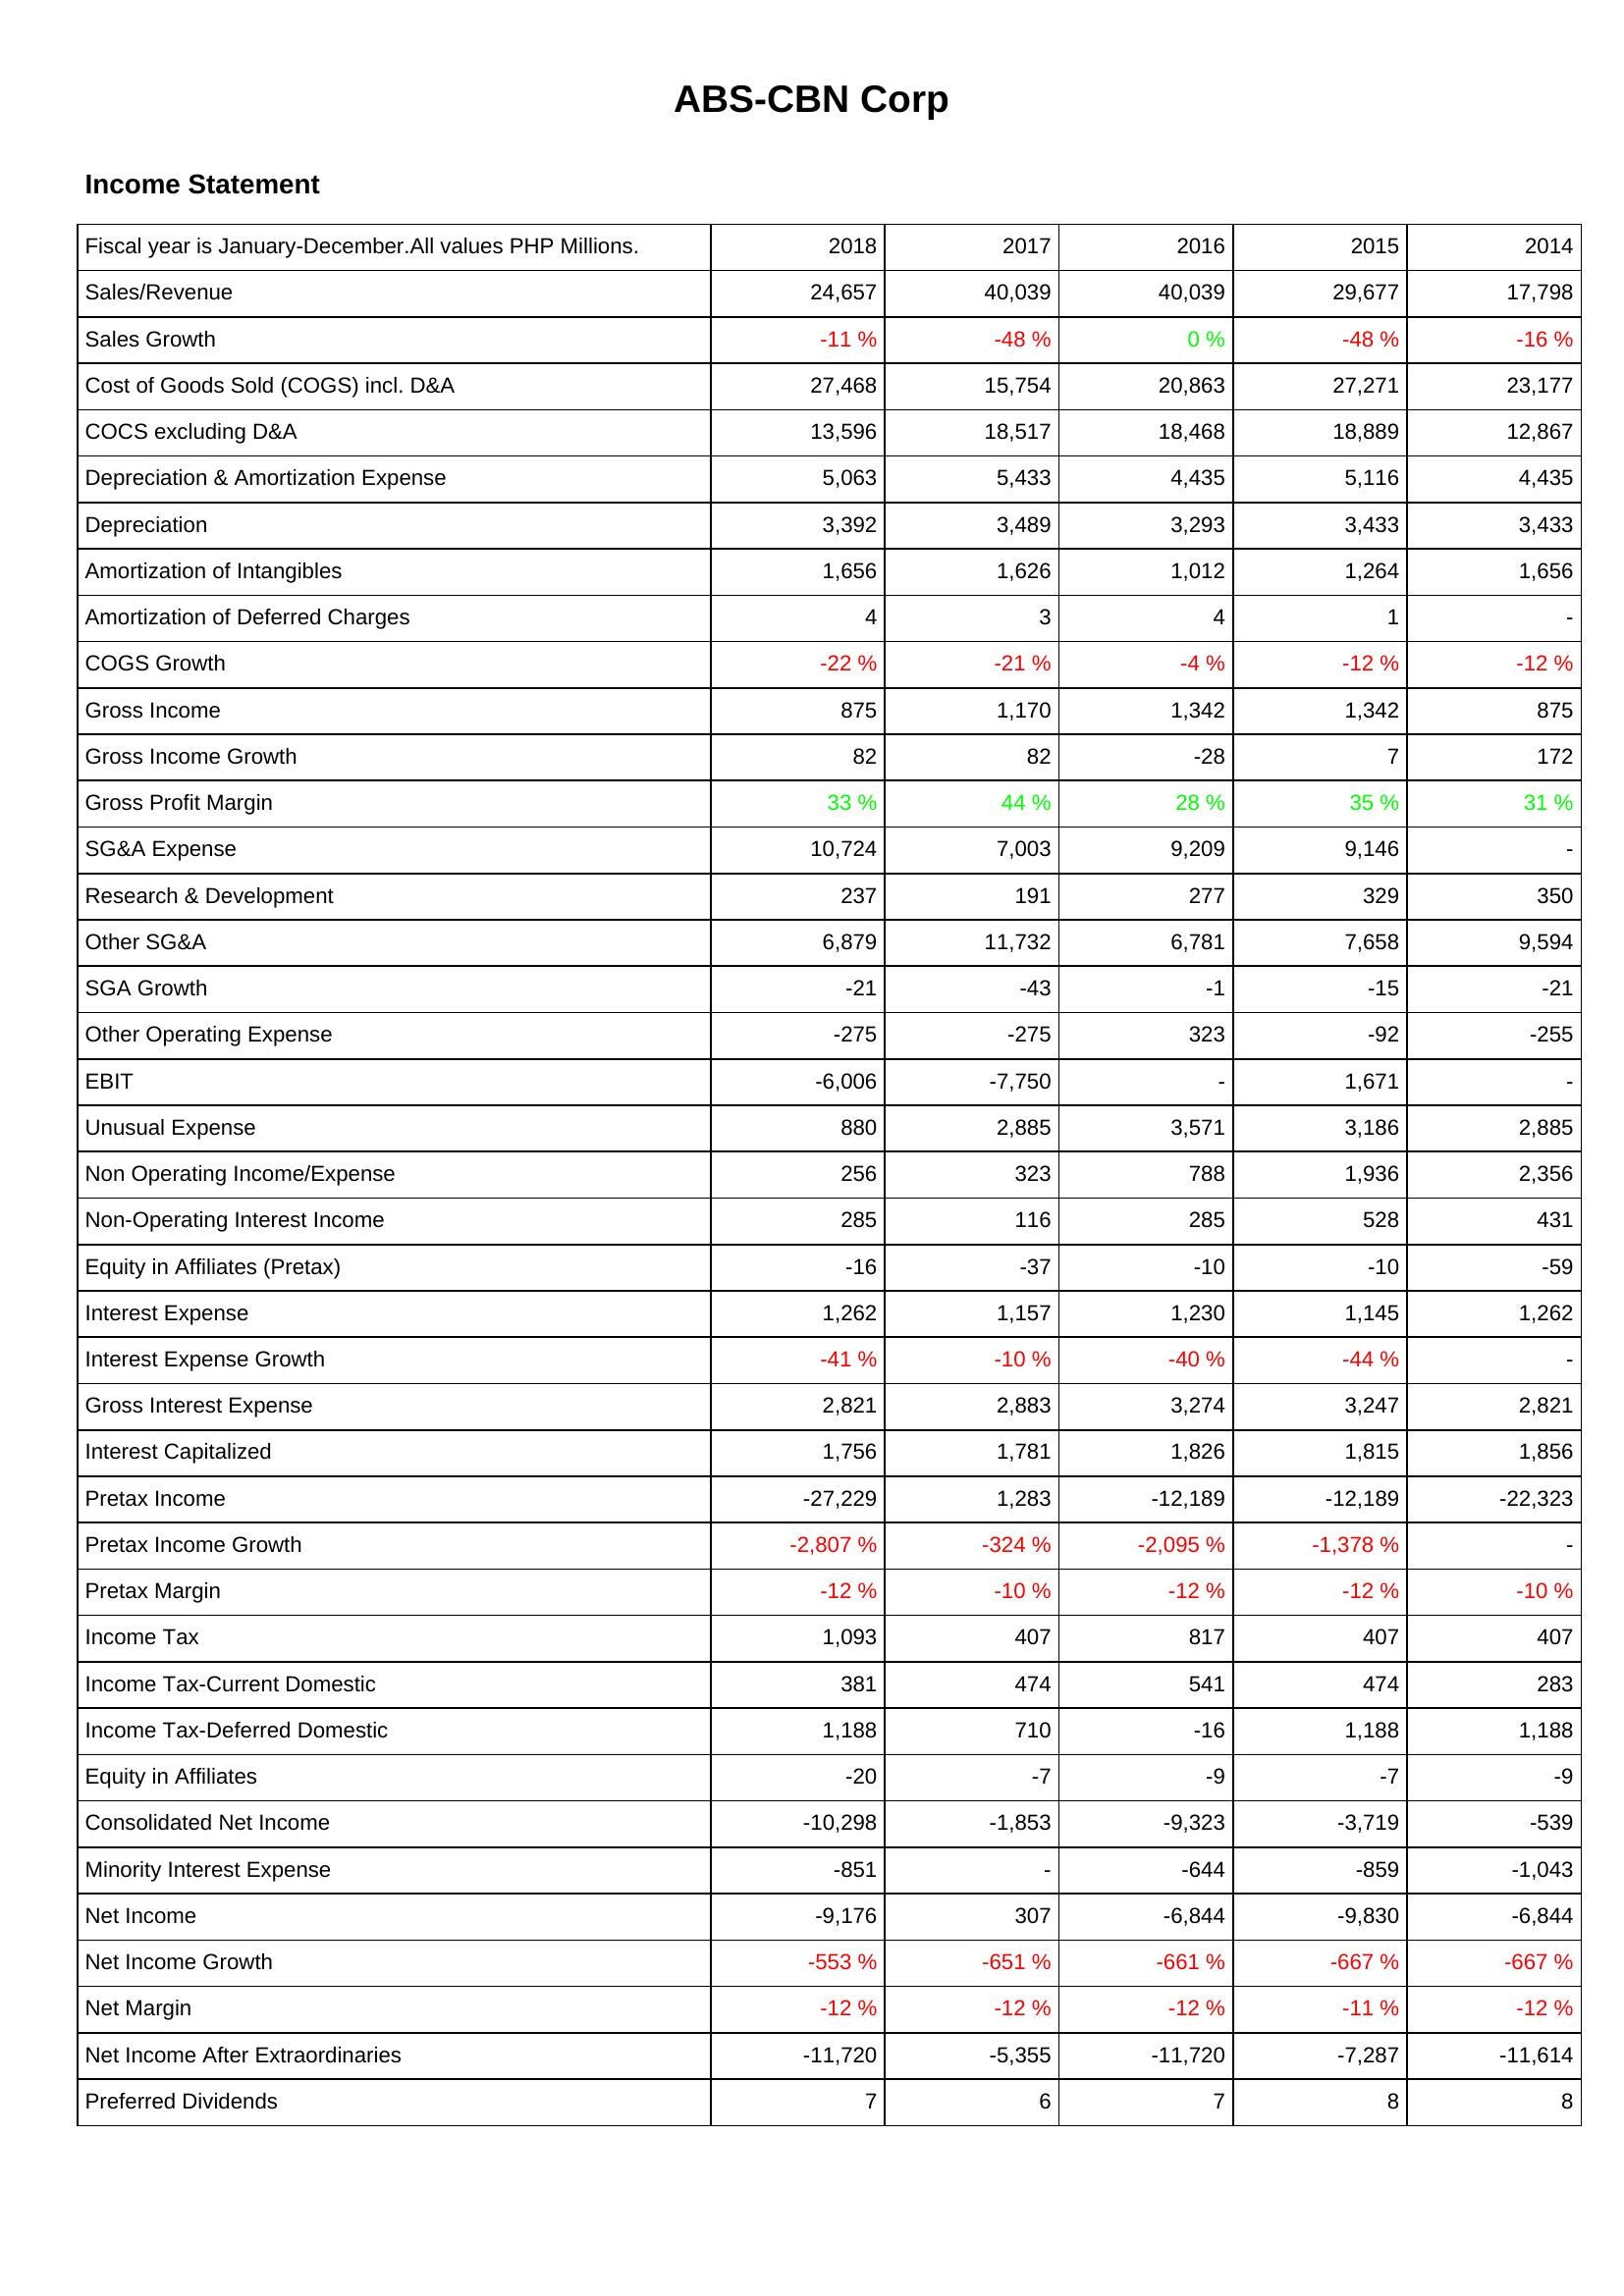
2018: Income Statement: Sales/Revenue: 24,657
Sales Growth: -11 %
Cost of Goods Sold (COGS) incl. D&A: 27,468
COCS excluding D&A: 13,596
Depreciation & Amortization Expense: 5,063
Depreciation: 3,392
Amortization of Intangibles: 1,656
Amortization of Deferred Charges: 4
COGS Growth: -22 %
Gross Income: 875
Gross Income Growth: 82
Gross Profit Margin: 33 %
SG&A Expense: 10,724
Research & Development: 237
Other SG&A: 6,879
SGA Growth: -21
Other Operating Expense: -275
EBIT: -6,006
Unusual Expense: 880
Non Operating Income/Expense: 256
Non-Operating Interest Income: 285
Equity in Affiliates (Pretax): -16
Interest Expense: 1,262
Interest Expense Growth: -41 %
Gross Interest Expense: 2,821
Interest Capitalized: 1,756
Pretax Income: -27,229
Pretax Income Growth: -2,807 %
Pretax Margin: -12 %
Income Tax: 1,093
Income Tax-Current Domestic: 381
Income Tax-Deferred Domestic: 1,188
Equity in Affiliates: -20
Consolidated Net Income: -10,298
Minority Interest Expense: -851
Net Income: -9,176
Net Income Growth: -553 %
Net Margin: -12 %
Net Income After Extraordinaries: -11,720
Preferred Dividends: 7
2017: Income Statement: Sales/Revenue: 40,039
Sales Growth: -48 %
Cost of Goods Sold (COGS) incl. D&A: 15,754
COCS excluding D&A: 18,517
Depreciation & Amortization Expense: 5,433
Depreciation: 3,489
Amortization of Intangibles: 1,626
Amortization of Deferred Charges: 3
COGS Growth: -21 %
Gross Income: 1,170
Gross Income Growth: 82
Gross Profit Margin: 44 %
SG&A Expense: 7,003
Research & Development: 191
Other SG&A: 11,732
SGA Growth: -43
Other Operating Expense: -275
EBIT: -7,750
Unusual Expense: 2,885
Non Operating Income/Expense: 323
Non-Operating Interest Income: 116
Equity in Affiliates (Pretax): -37
Interest Expense: 1,157
Interest Expense Growth: -10 %
Gross Interest Expense: 2,883
Interest Capitalized: 1,781
Pretax Income: 1,283
Pretax Income Growth: -324 %
Pretax Margin: -10 %
Income Tax: 407
Income Tax-Current Domestic: 474
Income Tax-Deferred Domestic: 710
Equity in Affiliates: -7
Consolidated Net Income: -1,853
Minority Interest Expense: -
Net Income: 307
Net Income Growth: -651 %
Net Margin: -12 %
Net Income After Extraordinaries: -5,355
Preferred Dividends: 6
2016: Income Statement: Sales/Revenue: 40,039
Sales Growth: 0 %
Cost of Goods Sold (COGS) incl. D&A: 20,863
COCS excluding D&A: 18,468
Depreciation & Amortization Expense: 4,435
Depreciation: 3,293
Amortization of Intangibles: 1,012
Amortization of Deferred Charges: 4
COGS Growth: -4 %
Gross Income: 1,342
Gross Income Growth: -28
Gross Profit Margin: 28 %
SG&A Expense: 9,209
Research & Development: 277
Other SG&A: 6,781
SGA Growth: -1
Other Operating Expense: 323
EBIT: -
Unusual Expense: 3,571
Non Operating Income/Expense: 788
Non-Operating Interest Income: 285
Equity in Affiliates (Pretax): -10
Interest Expense: 1,230
Interest Expense Growth: -40 %
Gross Interest Expense: 3,274
Interest Capitalized: 1,826
Pretax Income: -12,189
Pretax Income Growth: -2,095 %
Pretax Margin: -12 %
Income Tax: 817
Income Tax-Current Domestic: 541
Income Tax-Deferred Domestic: -16
Equity in Affiliates: -9
Consolidated Net Income: -9,323
Minority Interest Expense: -644
Net Income: -6,844
Net Income Growth: -661 %
Net Margin: -12 %
Net Income After Extraordinaries: -11,720
Preferred Dividends: 7
2015: Income Statement: Sales/Revenue: 29,677
Sales Growth: -48 %
Cost of Goods Sold (COGS) incl. D&A: 27,271
COCS excluding D&A: 18,889
Depreciation & Amortization Expense: 5,116
Depreciation: 3,433
Amortization of Intangibles: 1,264
Amortization of Deferred Charges: 1
COGS Growth: -12 %
Gross Income: 1,342
Gross Income Growth: 7
Gross Profit Margin: 35 %
SG&A Expense: 9,146
Research & Development: 329
Other SG&A: 7,658
SGA Growth: -15
Other Operating Expense: -92
EBIT: 1,671
Unusual Expense: 3,186
Non Operating Income/Expense: 1,936
Non-Operating Interest Income: 528
Equity in Affiliates (Pretax): -10
Interest Expense: 1,145
Interest Expense Growth: -44 %
Gross Interest Expense: 3,247
Interest Capitalized: 1,815
Pretax Income: -12,189
Pretax Income Growth: -1,378 %
Pretax Margin: -12 %
Income Tax: 407
Income Tax-Current Domestic: 474
Income Tax-Deferred Domestic: 1,188
Equity in Affiliates: -7
Consolidated Net Income: -3,719
Minority Interest Expense: -859
Net Income: -9,830
Net Income Growth: -667 %
Net Margin: -11 %
Net Income After Extraordinaries: -7,287
Preferred Dividends: 8
2014: Income Statement: Sales/Revenue: 17,798
Sales Growth: -16 %
Cost of Goods Sold (COGS) incl. D&A: 23,177
COCS excluding D&A: 12,867
Depreciation & Amortization Expense: 4,435
Depreciation: 3,433
Amortization of Intangibles: 1,656
Amortization of Deferred Charges: -
COGS Growth: -12 %
Gross Income: 875
Gross Income Growth: 172
Gross Profit Margin: 31 %
SG&A Expense: -
Research & Development: 350
Other SG&A: 9,594
SGA Growth: -21
Other Operating Expense: -255
EBIT: -
Unusual Expense: 2,885
Non Operating Income/Expense: 2,356
Non-Operating Interest Income: 431
Equity in Affiliates (Pretax): -59
Interest Expense: 1,262
Interest Expense Growth: -
Gross Interest Expense: 2,821
Interest Capitalized: 1,856
Pretax Income: -22,323
Pretax Income Growth: -
Pretax Margin: -10 %
Income Tax: 407
Income Tax-Current Domestic: 283
Income Tax-Deferred Domestic: 1,188
Equity in Affiliates: -9
Consolidated Net Income: -539
Minority Interest Expense: -1,043
Net Income: -6,844
Net Income Growth: -667 %
Net Margin: -12 %
Net Income After Extraordinaries: -11,614
Preferred Dividends: 8